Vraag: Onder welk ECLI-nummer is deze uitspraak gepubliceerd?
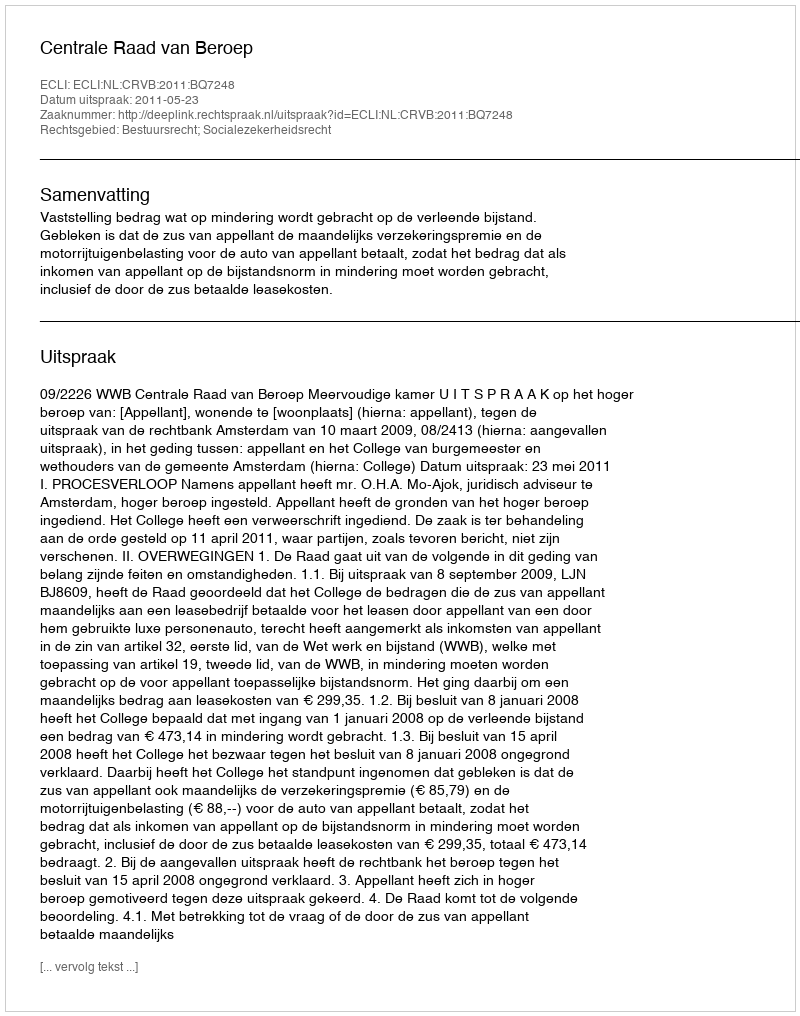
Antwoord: ECLI:NL:CRVB:2011:BQ7248